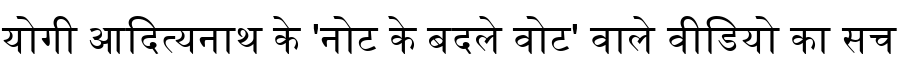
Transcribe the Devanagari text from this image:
योगी आदित्यनाथ के 'नोट के बदले वोट' वाले वीडियो का सच